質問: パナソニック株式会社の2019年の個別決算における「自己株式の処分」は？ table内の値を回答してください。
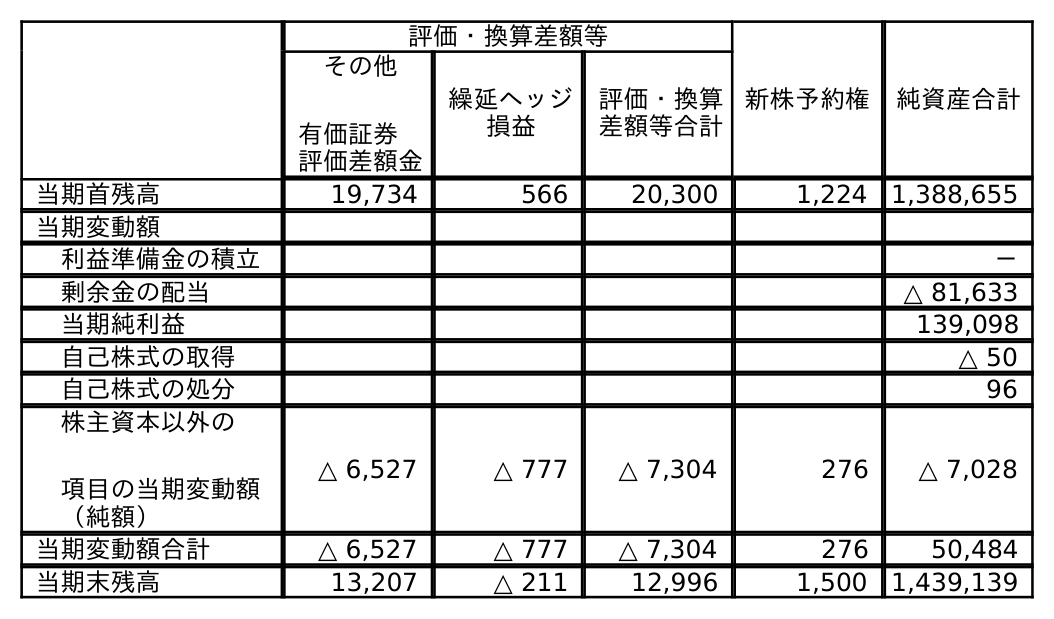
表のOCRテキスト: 評価・換算差額等 新株予約権 純資産合計 その他 有価証券  評価差額金 繰延ヘッジ 損益 評価・換算 差額等合計 当期首残高 19,734 566 20,300 1,224 1,388,655 当期変動額 利益準備金の積立 － 剰余金の配当 △ 81,633 当期純利益 139,098 自己株式の取得 △ 50 自己株式の処分 96 株主資本以外の 項目の当期変動額 （純額） △ 6,527 △ 777 △ 7,304 276 △ 7,028 当期変動額合計 △ 6,527 △ 777 △ 7,304 276 50,484 当期末残高 13,207 △ 211 12,996 1,500 1,439,139
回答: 96